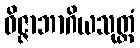
ဝိဇ္ဇာဘာဂိယသုတ္တံ